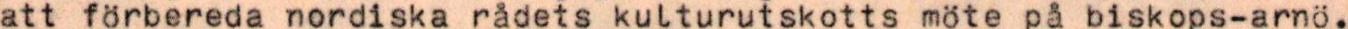
att förbereda nordiska rådets kulturutskotts möte på biskops-arnö.